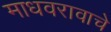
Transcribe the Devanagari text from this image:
माधवरावाचे